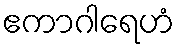
ဧကာဂါရေဟံ